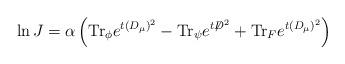
LaTeX: \begin{align*}\ln J = \alpha \left( \mbox{Tr}_{\phi} e^{t (D_\mu)^{2}} - \mbox{Tr}_{\psi} e^{t {\not D}^{2}} + \mbox{Tr}_{F} e^{t (D_\mu)^2} \right)\end{align*}